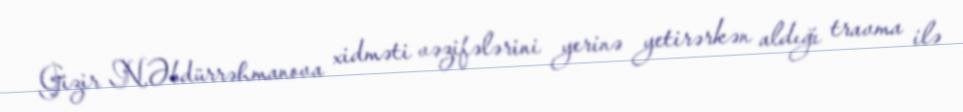
Gizir N.Əbdürrəhmanova xidməti vəzifələrini yerinə yetirərkən aldığı travma ilə